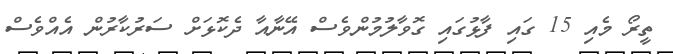
ތީރޯ މެއި 15 ގައި ފާޅުގައި ގޮވާލުމުންވެސް އޭނާއާ ދެކޮޅަށް ސަރުކާރުން އެއްވެސް